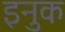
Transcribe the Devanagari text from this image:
इनुक